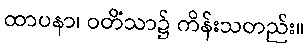
ထာပနာ၊ ဝတိံသာ၌ ကိန်းသတည်း။